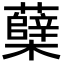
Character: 蘖